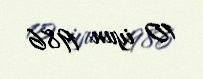
10 iyun 1986